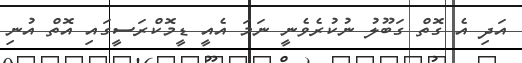
އަދި އެ ގޮތް ގަބޫލު ނުކުރެވެނީ ނަމަ އެއީ ޑީމޮކްރަސީގައި އޮތް އުނި